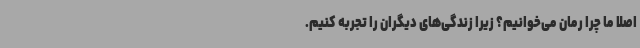
اصلا ما چرا رمان می‌خوانیم؟ زیرا زندگی‌های دیگران را تجربه کنیم.